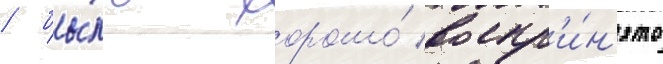
/ бы́ло хорошо́ воспр'и́н'ято